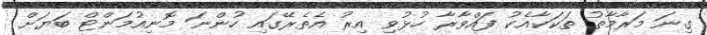
ގިނަ މަރާމާތު ތަކަކާއެކު ފައްވާރާ ހުޅުވި އިރު އެތެރޭގައި ހުންނަ މޮނިއުމަންޓް ބަޔަށް